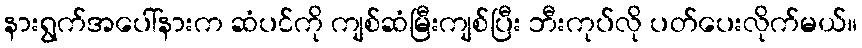
နားရွက်အပေါ်နားက ဆံပင်ကို ကျစ်ဆံမြီးကျစ်ပြီး ဘီးကုပ်လို ပတ်ပေးလိုက်မယ်။